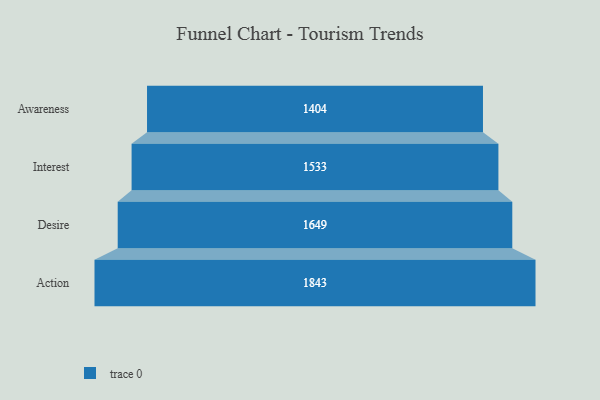
{"axis": {"x": "Stage", "y": "Value"}, "legend": [""], "data": [{"x": "Awareness", "y": 1404.0, "type": ""}, {"x": "Interest", "y": 1533.0, "type": ""}, {"x": "Desire", "y": 1649.0, "type": ""}, {"x": "Action", "y": 1843.0, "type": ""}]}